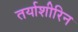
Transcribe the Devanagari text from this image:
तर्याशीरिन